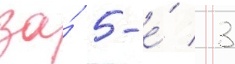
за́ 5-е́ / 3